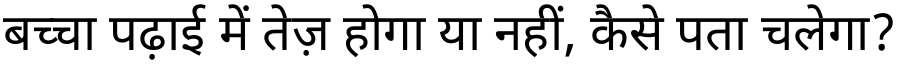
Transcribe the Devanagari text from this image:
बच्चा पढ़ाई में तेज़ होगा या नहीं, कैसे पता चलेगा?